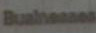
Businesses